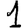
Digit: 1